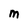
Character: M